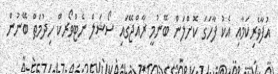
އުފާވެރިކަމާއި އެކު ފާހަގަ ކޮށްލަން ބޭނުމީ ރާއްޖޭގައި ސޯޝަލް ނެޓްވޯރކް ހިދުމަތް ބޭނުން